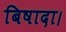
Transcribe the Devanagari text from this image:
बिषादा।